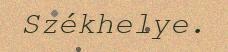
Székhelye.